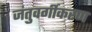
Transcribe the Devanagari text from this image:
जंतुवर्गीकरण